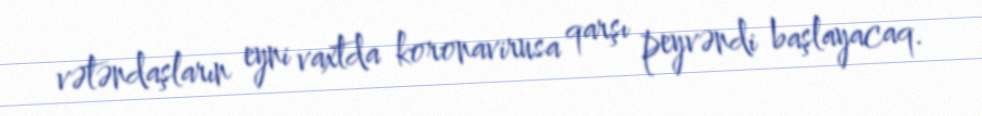
vətəndaşların eyni vaxtda koronavirusa qarşı peyvəndi başlayacaq.